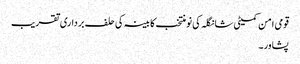
قومی امن کمیٹی شانگلہ کی نومنتخب کابینہ کی حلف برداری تقریب
پشاور۔